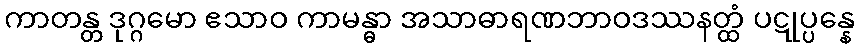
ကာတန္တ ဒုဂ္ဂမော ဧသာဝ ကာမန္ဓာ အသာဓာရဏဘာဝဒဿနတ္ထံ ပဋုပ္ပန္နေ